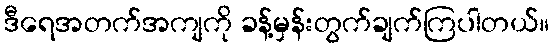
ဒီရေအတက်အကျကို ခန့်မှန်းတွက်ချက်ကြပါတယ်။